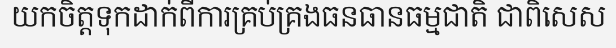
យកចិត្តទុកដាក់ពីការគ្រប់គ្រងធនធានធម្មជាតិ ជាពិសេស